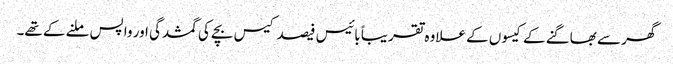
گھر سے بھاگنے کے کیسوں کے علاوہ تقریباً بائیس فیصد کیس بچے کی گمشدگی اور واپس ملنے کے تھے۔